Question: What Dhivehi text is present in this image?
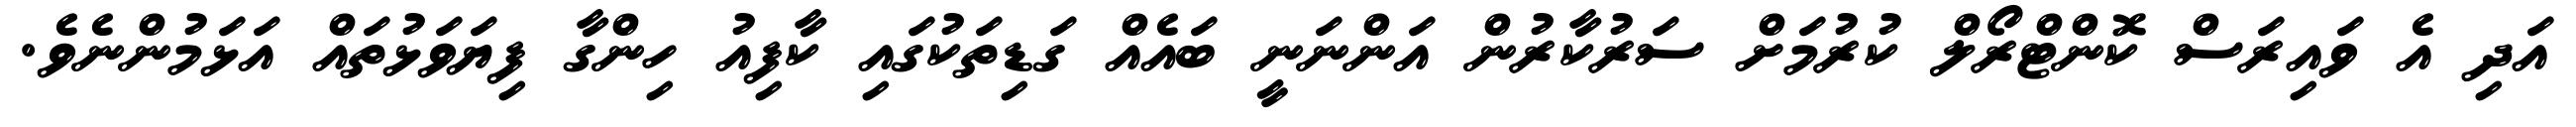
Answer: އަދި އެ ވައިރަސް ކޮންޓްރޯލް ކުރުމަށް ސަރުކާރުން އަންނަނީ ބައެއް ގަޑިތަކުގައި ކާފިއު ހިންގާ ފިޔަވަޅުތައް އަޅަމުންނެވެ.